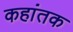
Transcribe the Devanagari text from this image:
कहांतक